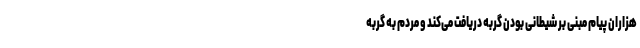
هزاران پیام مبنی بر شیطانی بودن گربه دریافت می‌کند و مردم به گربه